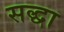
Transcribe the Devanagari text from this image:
सद्धा